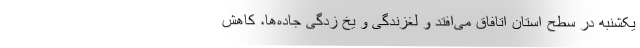
یکشنبه در سطح استان اتافاق می‌افتد و لغزندگی و یخ زدگی جاده‌ها، کاهش